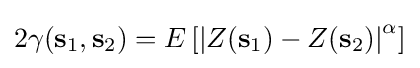
2\gamma (\mathbf {s} _{1},\mathbf {s} _{2})=E\left[\left|Z(\mathbf {s} _{1})-Z(\mathbf {s} _{2})\right|^{\alpha }\right]